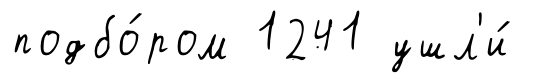
подбо́ром 1241 ушл'и́